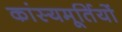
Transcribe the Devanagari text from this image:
कांस्यमूर्तियों